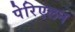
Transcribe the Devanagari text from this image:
पेरिएलन